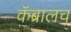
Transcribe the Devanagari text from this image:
कॅब्रालच